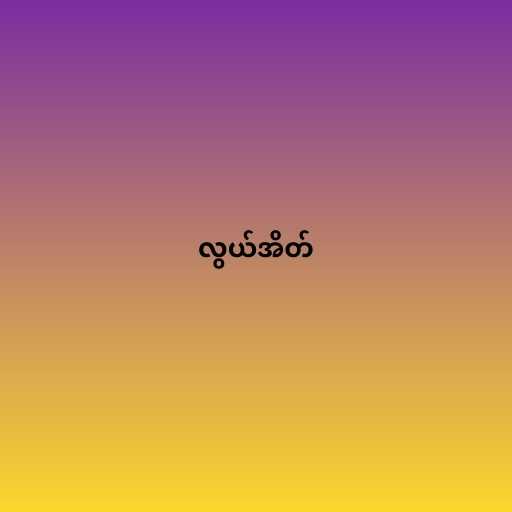
လွယ်အိတ်